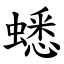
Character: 蟋